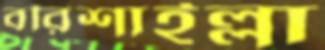
বরিশাইল্লা